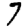
Digit: 7